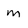
Character: M